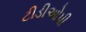
ટીડીઓપી